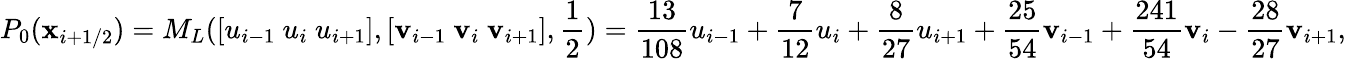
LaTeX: P_{0}(\mathbf{x}_{i+1/2})=M_{L}([u_{i-1}~u_{i}~u_{i+1}],[\mathbf{v}_{i-1}~\mathbf{v}_{i}~\mathbf{v}_{i+1}],\frac{1}{2})=\frac{{13}}{{108}}u_{i-1}+\frac{{7}}{{12}}u_{i}+\frac{{8}}{{27}}u_{i+1}+\frac{{25}}{{54}}\mathbf{v}_{i-1}+\frac{{241}}{{54}}\mathbf{v}_{i}-\frac{{28}}{{27}}\mathbf{v}_{i+1},